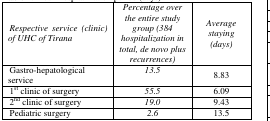
<table><thead><tr><td><b><i>Respective service (clinic) of UHC of Tirana</i></b></td><td><b><i>Percentage over the entire study group (384 hospitalization in total, de novo plus recurrences)</i></b></td><td><b><i>Average staying (days)</i></b></td></tr></thead><tbody><tr><td>Gastro-hepatological service</td><td><i>13.5</i></td><td>8.83</td></tr><tr><td>1<sup>st</sup> clinic of surgery</td><td><i>55.5</i></td><td>6.09</td></tr><tr><td>2<sup>nd</sup> clinic of surgery</td><td><i>19.0</i></td><td>9.43</td></tr><tr><td>Pediatric surgery</td><td><i>2.6</i></td><td>13.5</td></tr></tbody></table>